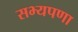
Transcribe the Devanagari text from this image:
सभ्यपणा